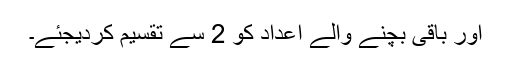
اور باقی بچنے والے اعداد کو 2 سے تقسیم کردیجئے۔